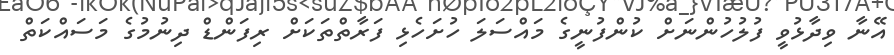
އޭނާ ވިދާޅުވީ ފުލުހުންނަށް ކުންފުނީގެ މައްސަލަ ހުށަހެޅި ފަރާތްތަކަށް ރިފަންޑް ދިނުމުގެ މަސައްކަތް